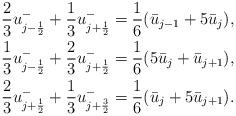
LaTeX: \begin{align*}\frac{2}{3}{u}_{j-\frac{1}{2}}^-+\frac{1}{3}{u}_{j+\frac{1}{2}}^-&=\frac{1}{6}(\bar{u}_{j-1}+5\bar{u}_{j}), \\\frac{1}{3}{u}_{j-\frac{1}{2}}^-+\frac{2}{3}{u}_{j+\frac{1}{2}}^-&=\frac{1}{6}(5\bar{u}_{j}+\bar{u}_{j+1}), \\\frac{2}{3}{u}_{j+\frac{1}{2}}^-+\frac{1}{3}{u}_{j+\frac{3}{2}}^-&=\frac{1}{6}(\bar{u}_{j}+5\bar{u}_{j+1}).\end{align*}